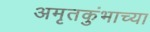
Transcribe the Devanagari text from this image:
अमृतकुंभाच्या